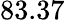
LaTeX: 83.37